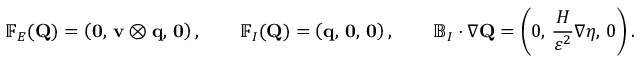
\mathbb { F } _ { E } ( \mathbf { Q } ) = \left( \mathbf { 0 } , \, \mathbf { v } \otimes \mathbf { q } , \, \mathbf { 0 } \right) , \qquad \mathbb { F } _ { I } ( \mathbf { Q } ) = \left( \mathbf { q } , \, \mathbf { 0 } , \, \mathbf { 0 } \right) , \qquad \mathbb { B } _ { I } \cdot \nabla \mathbf { Q } = \left( 0 , \, \frac { H } { \varepsilon ^ { 2 } } \nabla \eta , \, 0 \right) .